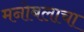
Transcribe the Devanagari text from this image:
मनोबलाचा